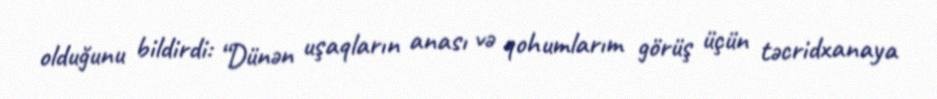
olduğunu bildirdi: “Dünən uşaqların anası və qohumlarım görüş üçün təcridxanaya